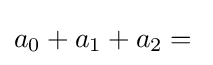
a_{0}+a_{1}+a_{2}={}